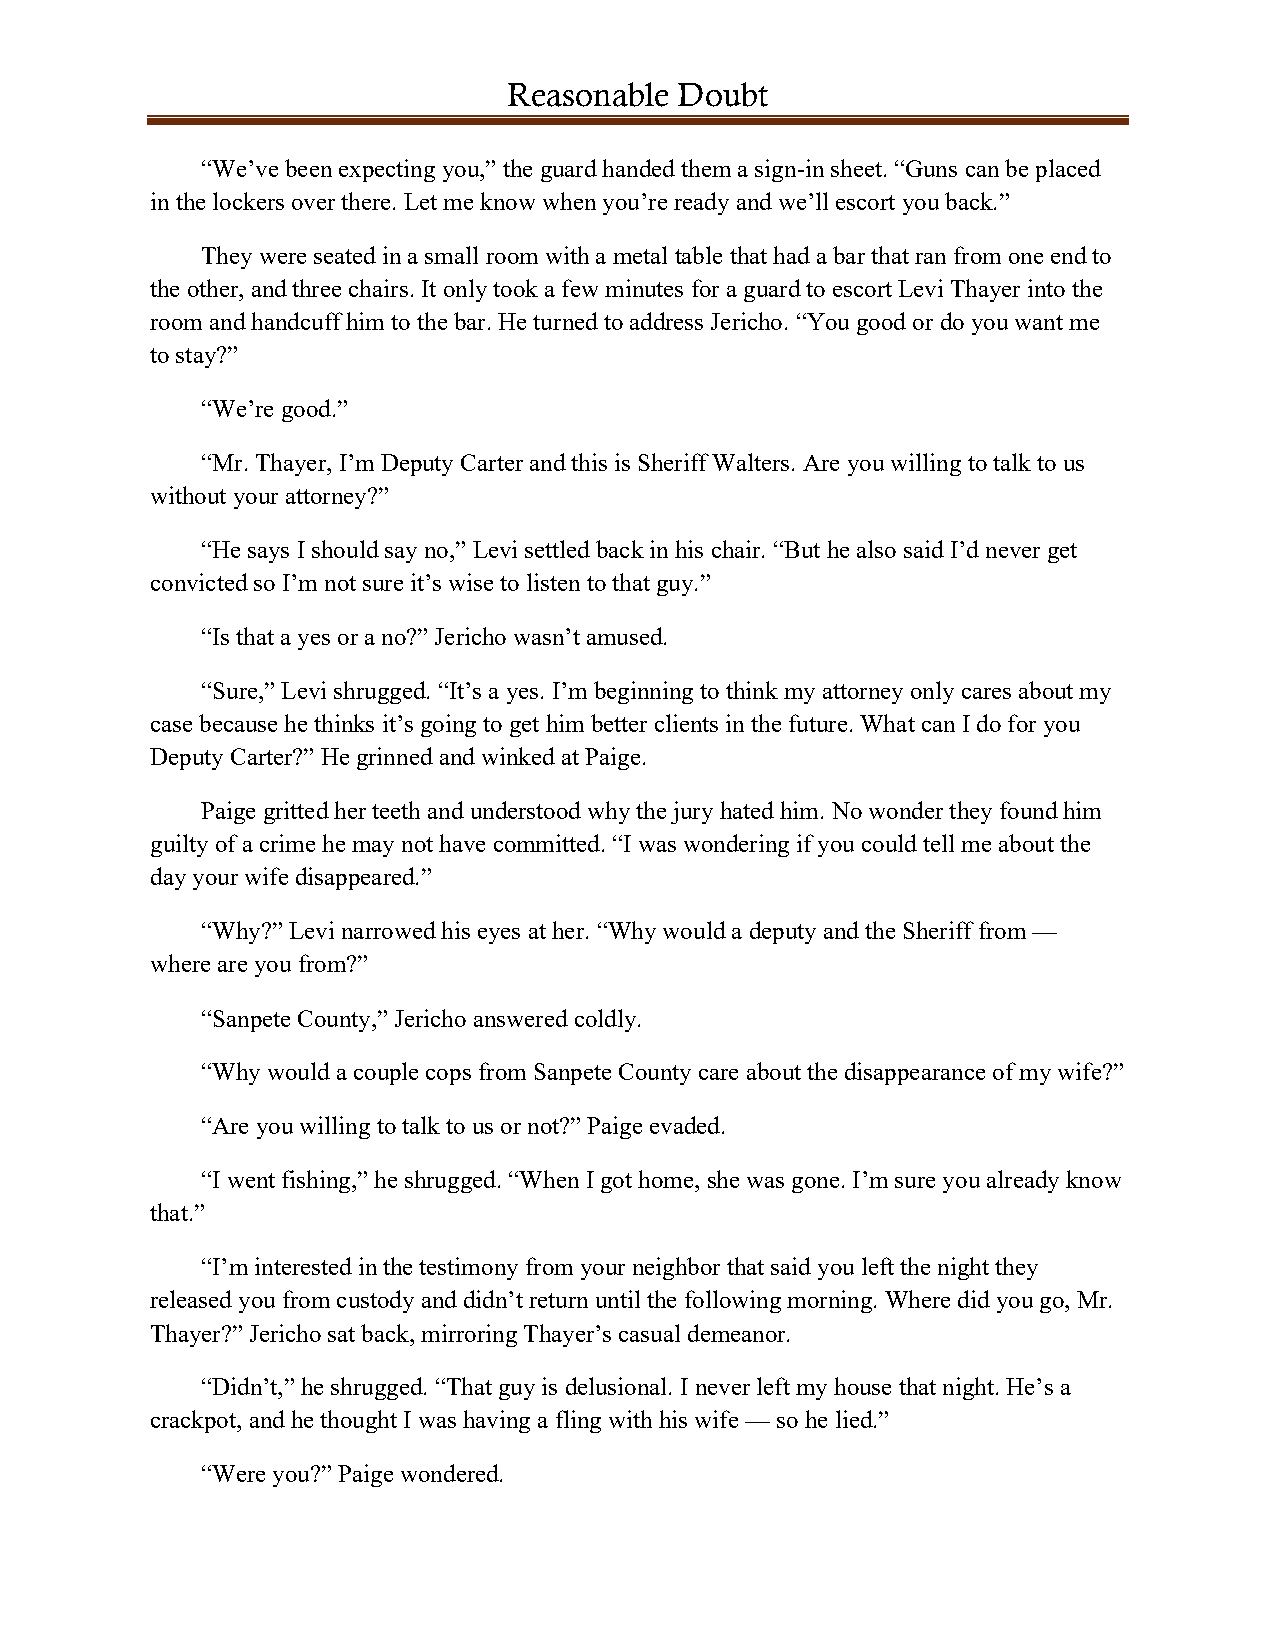
Reasonable Doubt
 “We’ve been expecting you,” the guard handed them a sign-in sheet. “Guns can be placed
 in the lockers over there. Let me know when you’re ready and we’ll escort you back.”
 They were seated in a small room with a metal table that had a bar that ran from one end to
 the other, and three chairs. It only took a few minutes for a guard to escort Levi Thayer into the
 room and handcuff him to the bar. He turned to address Jericho. “You good or do you want me
 to stay?”
 “We’re good.”
 “Mr. Thayer, I’m Deputy Carter and this is Sheriff Walters. Are you willing to talk to us
 without your attorney?”
 “He says I should say no,” Levi settled back in his chair. “But he also said I’d never get
 convicted so I’m not sure it’s wise to listen to that guy.”
 “Is that a yes or a no?” Jericho wasn’t amused.
 “Sure,” Levi shrugged. “It’s a yes. I’m beginning to think my attorney only cares about my
 case because he thinks it’s going to get him better clients in the future. What can I do for you
 Deputy Carter?” He grinned and winked at Paige.
 Paige gritted her teeth and understood why the jury hated him. No wonder they found him
 guilty of a crime he may not have committed. “I was wondering if you could tell me about the
 day your wife disappeared.”
 “Why?” Levi narrowed his eyes at her. “Why would a deputy and the Sheriff from —
 where are you from?”
 “Sanpete County,” Jericho answered coldly.
 “Why would a couple cops from Sanpete County care about the disappearance of my wife?”
 “Are you willing to talk to us or not?” Paige evaded.
 “I went fishing,” he shrugged. “When I got home, she was gone. I’m sure you already know
 that.”
 “I’m interested in the testimony from your neighbor that said you left the night they
 released you from custody and didn’t return until the following morning. Where did you go, Mr.
 Thayer?” Jericho sat back, mirroring Thayer’s casual demeanor.
 “Didn’t,” he shrugged. “That guy is delusional. I never left my house that night. He’s a
 crackpot, and he thought I was having a fling with his wife — so he lied.”
 “Were you?” Paige wondered.